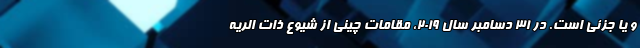
و یا جزئی است. در 31 دسامبر سال 2019، مقامات چینی از شیوع ذات الریه